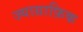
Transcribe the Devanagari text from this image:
ज्याग्राफ़िक